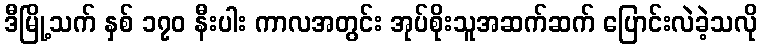
ဒီမြို့သက် နှစ် ၁၇၀ နီးပါး ကာလအတွင်း အုပ်စိုးသူအဆက်ဆက် ပြောင်းလဲခဲ့သလို